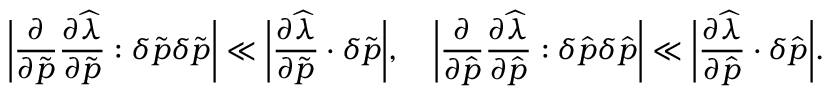
\bigg \lvert \frac { \partial } { { \partial \widetilde { \boldsymbol { p } } } } \frac { \partial \widehat { \lambda } } { \partial \widetilde { \boldsymbol { p } } } \boldsymbol { : } \delta \widetilde { \boldsymbol { p } } \delta \widetilde { \boldsymbol { p } } \bigg \rvert \ll \bigg \lvert \frac { \partial \widehat { \lambda } } { \partial \widetilde { \boldsymbol { p } } } \cdot \delta \widetilde { \boldsymbol { p } } \bigg \rvert , \quad \bigg \lvert \frac { \partial } { { \partial \widehat { \boldsymbol { p } } } } \frac { \partial \widehat { \lambda } } { \partial \widehat { \boldsymbol { p } } } \boldsymbol { : } \delta \widehat { \boldsymbol { p } } \delta \widehat { \boldsymbol { p } } \bigg \rvert \ll \bigg \lvert \frac { \partial \widehat { \lambda } } { \partial \widehat { \boldsymbol { p } } } \cdot \delta \widehat { \boldsymbol { p } } \bigg \rvert .